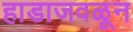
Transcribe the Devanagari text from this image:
हाडाजवळून